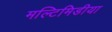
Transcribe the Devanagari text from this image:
मल्टिमिडीया